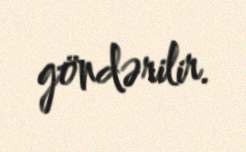
göndərilir.